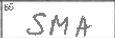
Transcription: SMA